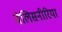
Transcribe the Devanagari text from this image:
वेलिसनीरिया